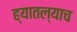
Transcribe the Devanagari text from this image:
ह्यातल्याच